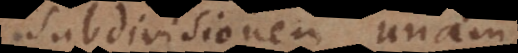
subdivisionem unam,